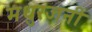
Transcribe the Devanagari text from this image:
मधुरजनी